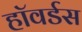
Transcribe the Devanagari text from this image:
हॉवर्डस